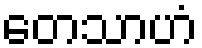
တေသာဟံ